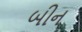
બીન